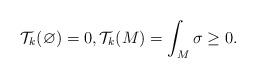
LaTeX: \begin{align*}\mathcal T_k (\varnothing) = 0 , \mathcal T_k(M) = \int_{M} \sigma \geq 0.\end{align*}